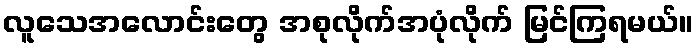
လူသေအလောင်းတွေ အစုလိုက်အပုံလိုက် မြင်ကြရမယ်။